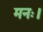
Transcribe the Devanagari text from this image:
मनः।